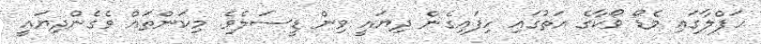
ހަފްލާގައި މެޑޯ ވޯކާގެ އަތުގައި ހިފައިގެން ދިޔައީ ވިން ޑީސަލެވެ. މިކަންތައް ވެގެންދިޔައީ